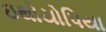
ઇથોયોપિયા